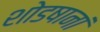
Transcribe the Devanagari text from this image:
शोडषानां